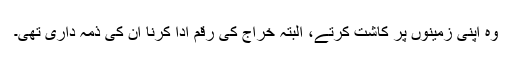
وہ اپنی زمینوں پر کاشت کرتے، البتہ خراج کی رقم ادا کرنا ان کی ذمہ داری تھی۔